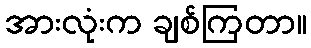
အားလုံးက ချစ်ကြတာ။